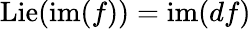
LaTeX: \operatorname{Lie}(\operatorname{im}(f))=\operatorname{im}(df)